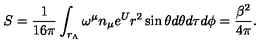
S = { \frac { 1 } { 1 6 \pi } } \int _ { r _ { \Lambda } } \omega ^ { \mu } n _ { \mu } e ^ { U } r ^ { 2 } \sin { \theta } d \theta d \tau d \phi = \frac { \beta ^ { 2 } } { 4 \pi } .